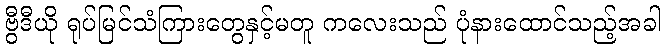
ဗွီဒီယို ရုပ်မြင်သံကြားတွေနှင့်မတူ ကလေးသည် ပုံနားထောင်သည့်အခါ